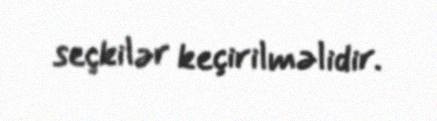
seçkilər keçirilməlidir.